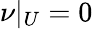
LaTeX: \nu|_{U}=0